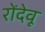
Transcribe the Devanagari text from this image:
रोंदेवू